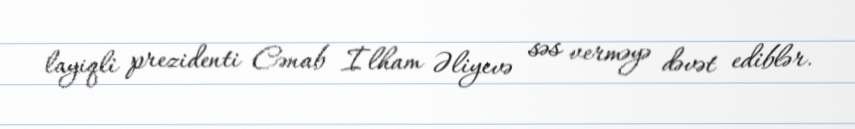
layiqli prezidenti Cənab İlham Əliyevə səs verməyə dəvət ediblər.